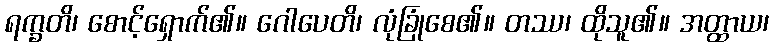
ရက္ခတိ၊ စောင့်ရှောက်၏။ ဂေါပေတိ၊ လုံခြုံစေ၏။ တဿ၊ ထိုသူ၏။ အတ္ထာယ၊